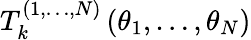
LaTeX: T_{k}^{(1,\dots,N)}\left(\theta_{1},\dots,\theta_{N}\right)